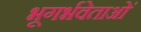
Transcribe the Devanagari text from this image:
भूगर्भवेताओं